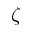
\zeta